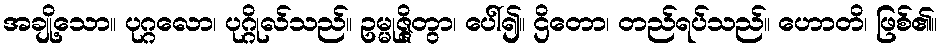
အချို့သော။ ပုဂ္ဂလော၊ ပုဂ္ဂိုလ်သည်။ ဥမ္မုဇ္ဇိတွာ၊ ပေါ်၍။ ဌိတော၊ တည်ရပ်သည်။ ဟောတိ၊ ဖြစ်၏။